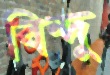
বিন্দু